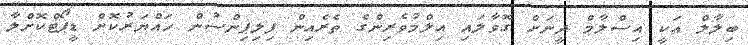
ބިލާލް އަކީ އިސްލާމް ދީނަށް ގޮވާލައި އިލްމުވެރިންގެ ތެރެއިން ފިލިޕިންސުން ހައްޔަރުކޮށް ޑީޕޯޓްކޮށްލާ